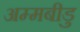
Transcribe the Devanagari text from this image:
अम्मबीडु